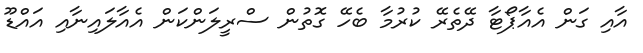
އާއި ގަން އެއާޕޯޓާ ދޭތެރޭ ކުރުމާ ބެހޭ ގޮތުން ސްރީލަންކަން އެއާލައިނާއި އައްޑޫ